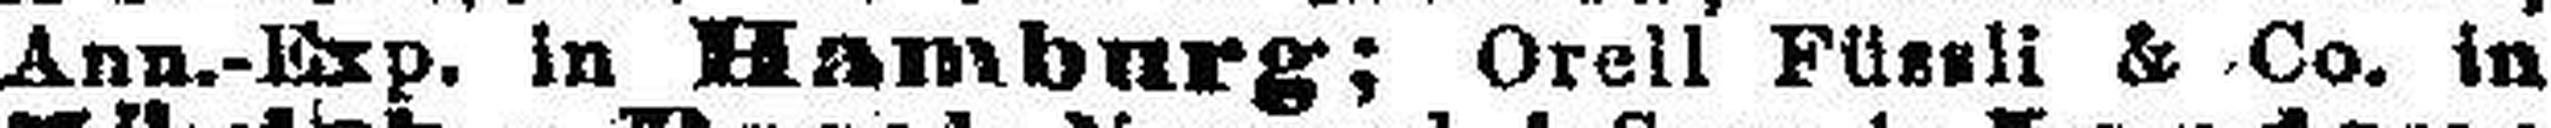
Ann.-Exp. in Hamburg; Orell Füssli & Co. in